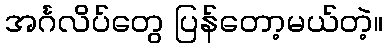
အင်္ဂလိပ်တွေ ပြန်တော့မယ်တဲ့။